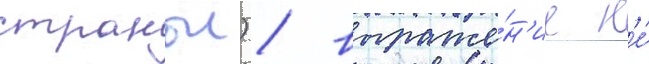
странои) / выраже́н'ие н'е́